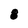
Character: 8